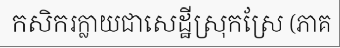
កសិករក្លាយជាសេដ្ឋីស្រុកស្រែ (ភាគ